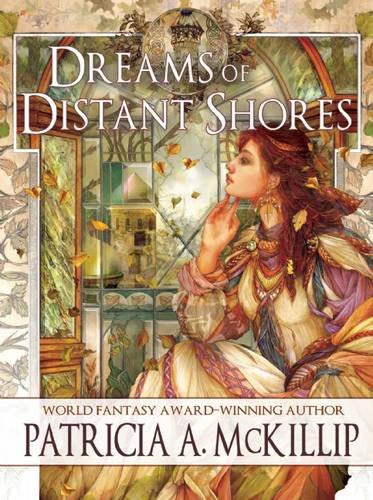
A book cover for Dreams of Distant Shores; Patricia A. McKillip; Science Fiction & Fantasy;